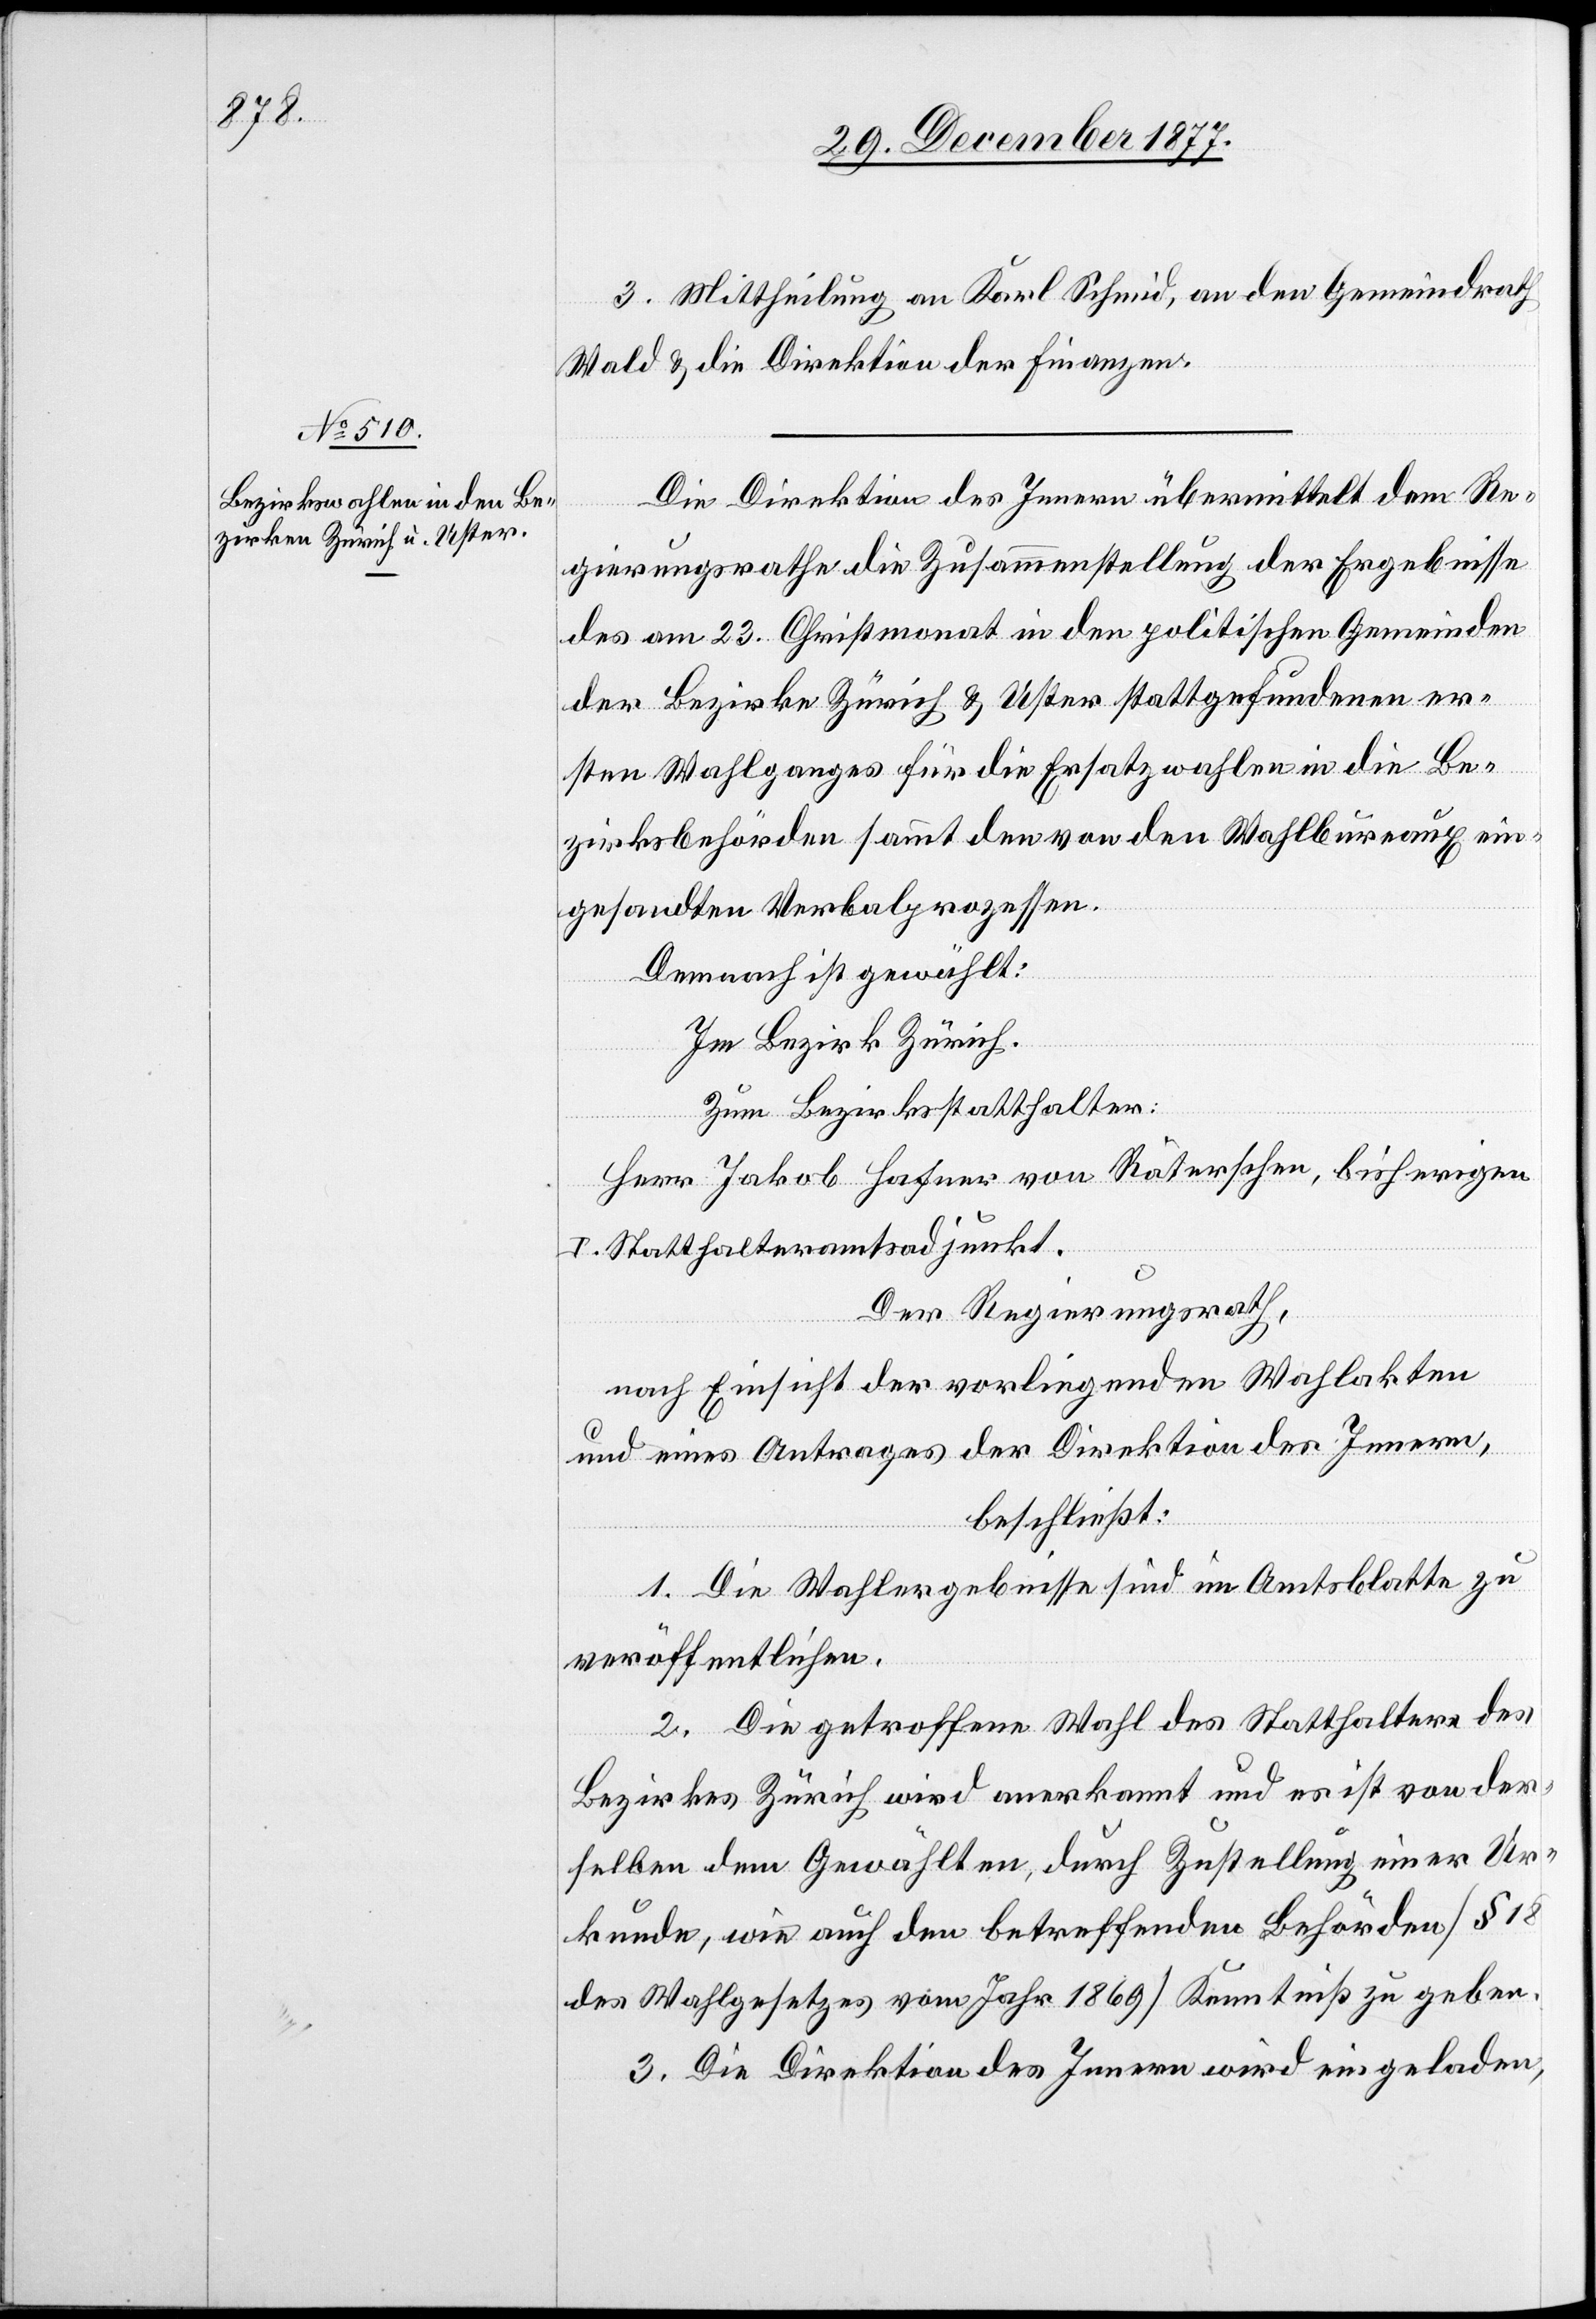
3. Mittheilung an Karl Schmid, an den Gemeindrath
Wald & die Direktion der Finanzen.
Die Direktion des Innern übermittelt dem Re¬
gierungsrathe die Zusammenstellung der Ergebnisse
des am 23. Christmonat in den politischen Gemeinden
der Bezirke Zürich & Uster stattgefundenen er¬
sten Wahlganges für die Ersatzwahlen in die Be¬
zirksbehörden sammt den von den Wahlbureaux ein¬
gesandten Verbalprozessen.
Demnach ist gewählt:
Im Bezirk Zürich.
Zum Bezirksstatthalter:
Herr Jakob Hafner von Räterschen, bisherigen
I. Statthalteramtsadjunkt.
Der Regierungsrath,
nach Einsicht der vorliegenden Wahlakten
und eines Antrages der Direktion des Innern,
beschließt:
1. Die Wahlergebnisse sind im Amtsblatte zu
veröffentlichen.
2. Die getroffene Wahl des Statthalters des
Bezirkes Zürich wird anerkannt und es ist von der¬
selben dem Gewählten, durch Zustellung einer Ur¬
kunde, wie auch den betreffenden Behörden [§ 18
des Wahlgesetzes vom Jahr 1869] Kenntniß zu geben.
3. Die Direktion des Innern wird eingeladen,